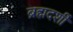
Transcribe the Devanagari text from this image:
ब्रह्मदर्शी